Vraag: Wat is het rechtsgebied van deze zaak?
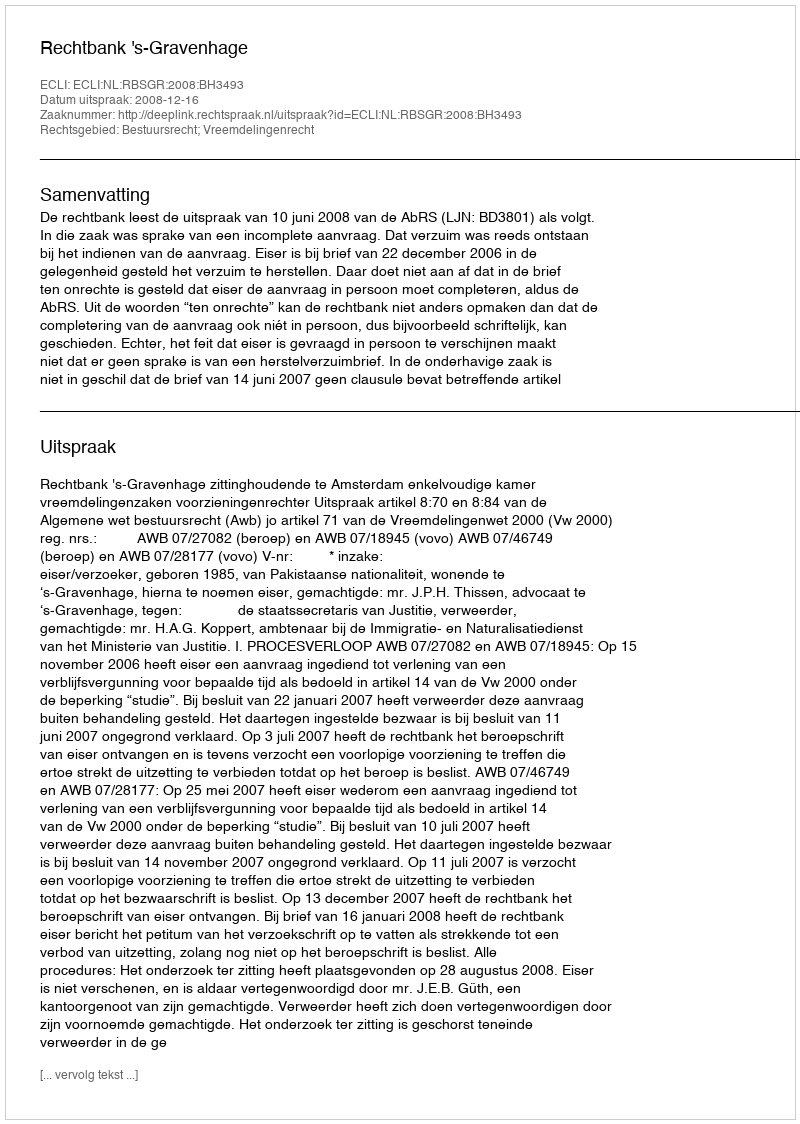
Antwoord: Bestuursrecht; Vreemdelingenrecht